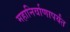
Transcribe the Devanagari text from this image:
महानिर्वाणापर्यंत